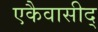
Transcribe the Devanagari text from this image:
एकैवासीद्